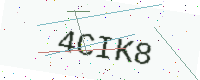
Text: 4CIK8